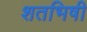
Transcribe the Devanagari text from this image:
शतभिषी